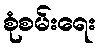
စုံစမ်းရေး